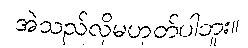
အဲသည်လိုမဟုတ်ပါဘူး။